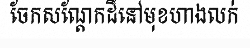
ចែកសណ្តែកដីនៅមុខហាងលក់